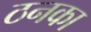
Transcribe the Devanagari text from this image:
ठनका